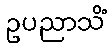
ဥပညာသိံ